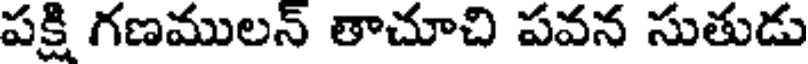
పక్షి గణములన్ తాచూచి పవన సుతుడు